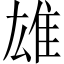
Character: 雄